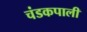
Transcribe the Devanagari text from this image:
चंडकपाली